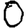
Digit: 0